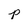
Character: p